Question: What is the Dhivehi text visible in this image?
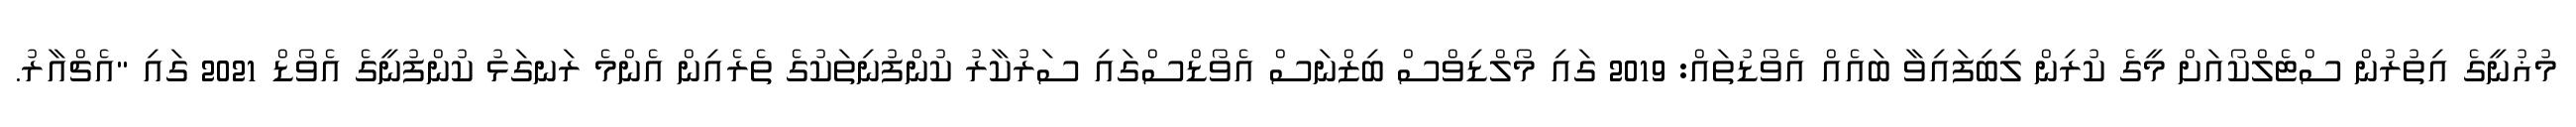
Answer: މުޣުނީގެ އިތުރުން ސްޓެލްކޯއަށް މީގެ ކުރިން ލިބިފައިވާ ބައެއް އެވޯޑުތައް: 2019 ގައި މޯލްޑިވްސް ބިޒްނަސް އެވޯޑްސްގައި ސަރުކާރު ކުންފުނިތަކުގެ ތެރެއިން އެންމެ ރަނގަޅު ކުންފުނީގެ އެވޯޑް 2021 ގައި "އެޗްއާރު.